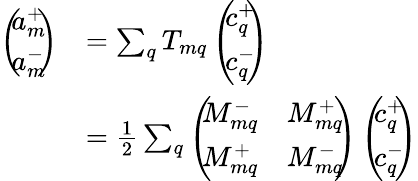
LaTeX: \begin{array}{rl}{\left(\! \! \begin{array}{c}{a_{m}^{+}}\\ {a_{m}^{-}}\end{array}\! \! \right)}&{=\sum_{q}T_{mq}\left(\! \! \begin{array}{c}{c_{q}^{+}}\\ {c_{q}^{-}}\end{array}\! \! \right)}\\ &{=\frac{1}{2}\sum_{q}\left(\! \! \begin{array}{cc}{M_{mq}^{-}}&{M_{mq}^{+}}\\ {M_{mq}^{+}}&{M_{mq}^{-}}\end{array}\! \! \right)\left(\! \! \begin{array}{c}{c_{q}^{+}}\\ {c_{q}^{-}}\end{array}\! \! \right)}\end{array}